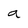
Character: a